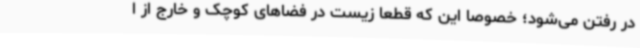
در رفتن می‌شود؛ خصوصا این که قطعا زیست در فضاهای کوچک و خارج از ا